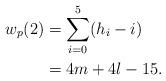
LaTeX: \begin{align*}w_p(2) & = \sum_{i=0}^5 (h_i - i) \\& = 4m + 4l - 15.\end{align*}